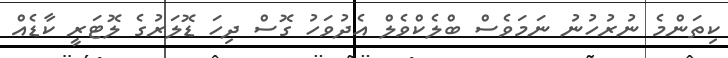
ކިތަންމެ ނުރުހުނު ނަމަވެސް ބްލެކްވެލް އެދުވަހު ގޮސް ދިހަ ޑޮލަރުގެ ލޮޓަރީ ކާޑެއް